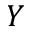
Y